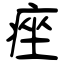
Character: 痤